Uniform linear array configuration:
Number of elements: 24
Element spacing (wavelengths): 0.75
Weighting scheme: blackman
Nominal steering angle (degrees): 45
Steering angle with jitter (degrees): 44.365
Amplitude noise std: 0.05
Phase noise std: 0.05

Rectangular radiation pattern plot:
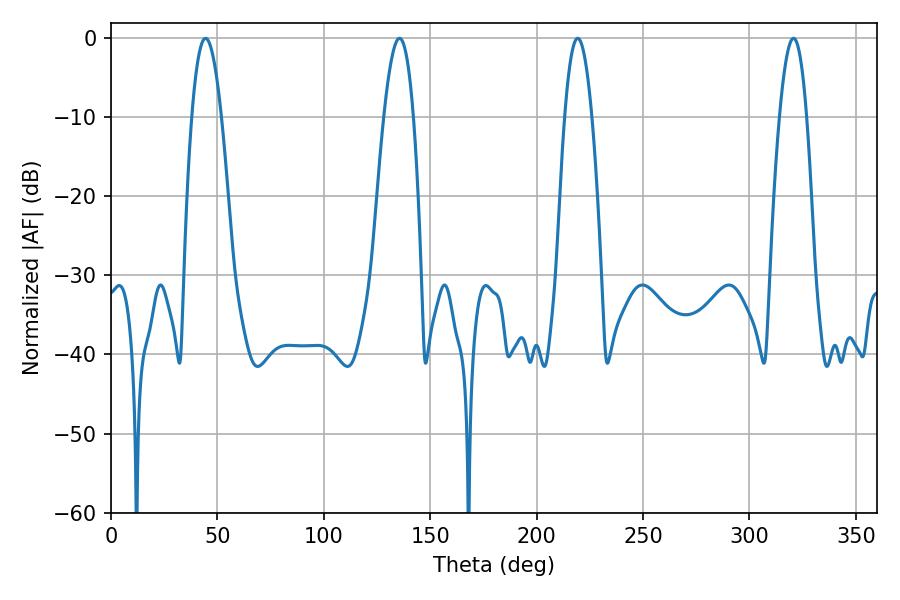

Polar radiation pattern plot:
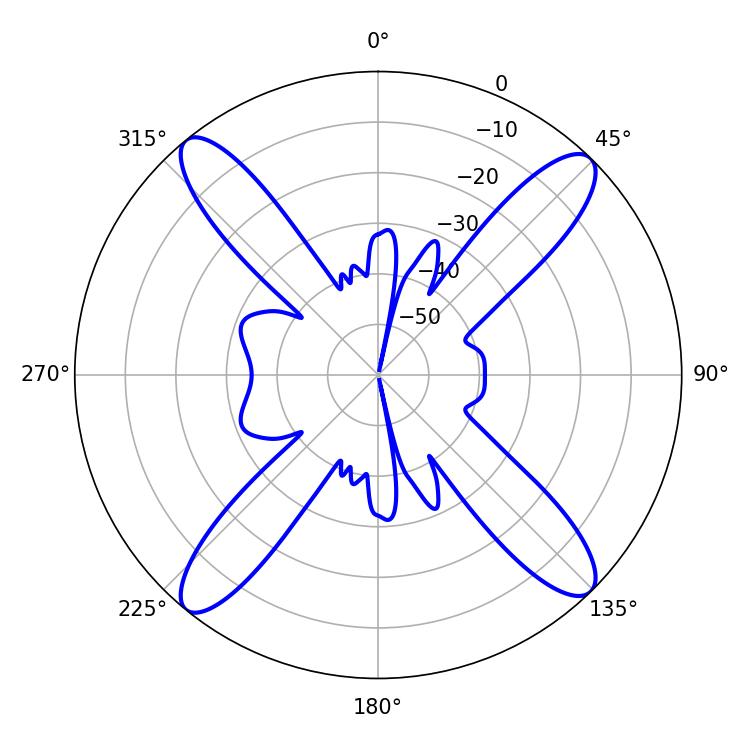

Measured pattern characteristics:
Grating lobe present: TRUE
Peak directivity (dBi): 17.712
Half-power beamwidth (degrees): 7.56
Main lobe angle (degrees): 44.46